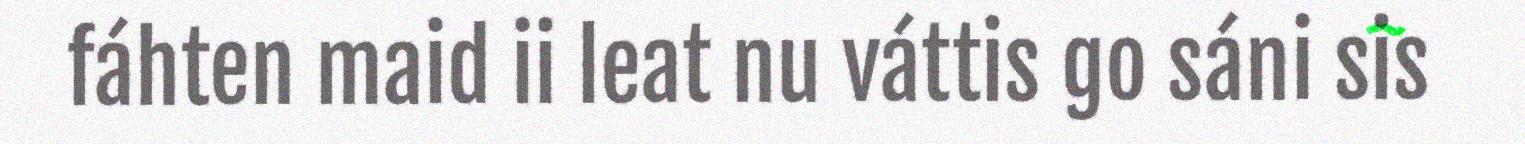
fáhten maid ii leat nu váttis go sáni sis